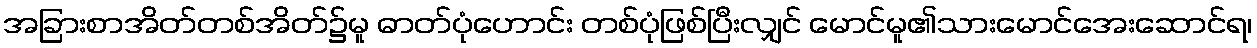
အခြားစာအိတ်တစ်အိတ်၌မူ ဓာတ်ပုံဟောင်း တစ်ပုံဖြစ်ပြီးလျှင် မောင်မူ၏သားမောင်အေးဆောင်ရ၊